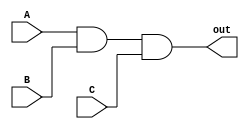
module three_input_and_gate(
    input A,
    input B,
    input C,
    output out
);

assign out = A & B & C;

endmodule